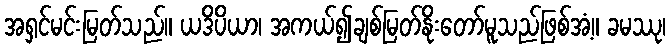
အရှင်မင်းမြတ်သည်။ ယဒိပိယာ၊ အကယ်၍ချစ်မြတ်နိုးတော်မူသည်ဖြစ်အံ့။ ခမဿု၊